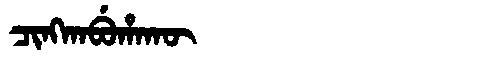
Manchu: ᠴᡳᠩᡴᠠᠪᡠᡥᠠᡴᡡ
Romanization: CINGKABUHAKŪ